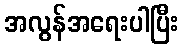
အလွန်အရေးပါပြီး